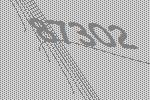
87302